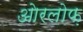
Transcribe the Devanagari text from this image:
ओरलोफ़